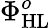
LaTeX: \Phi_{\mathrm{HL}}^{o}